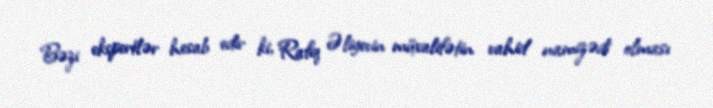
Bəzi ekspertlər hesab edir ki, Rafiq Əliyevin müxalifətin vahid namizədi olması